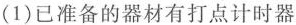
(1)已准备的器材有打点计时器